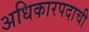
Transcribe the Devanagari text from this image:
अधिकारपदाची